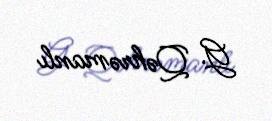
G. Qəhrəmanlı